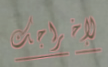
لإخراجك